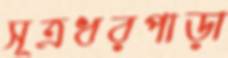
সূত্রধরপাড়া